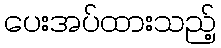
ပေးအပ်ထားသည့်